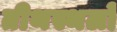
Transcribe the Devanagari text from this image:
तीथस्थलों